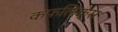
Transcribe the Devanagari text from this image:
कफलिंक्स